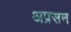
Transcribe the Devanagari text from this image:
अप्रसन